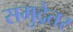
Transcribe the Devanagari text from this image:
समुद्रेतर